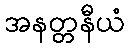
အနတ္တနီယံ